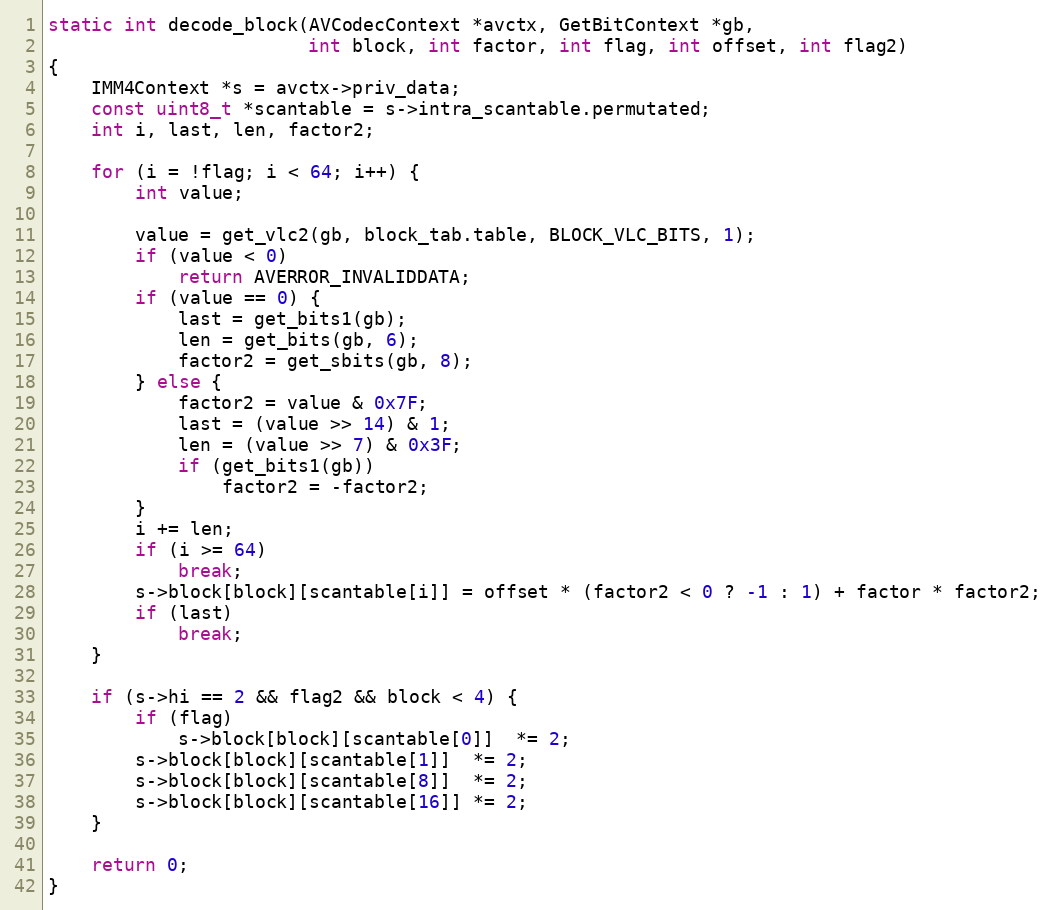
Language: C
static int decode_block(AVCodecContext *avctx, GetBitContext *gb,
                        int block, int factor, int flag, int offset, int flag2)
{
    IMM4Context *s = avctx->priv_data;
    const uint8_t *scantable = s->intra_scantable.permutated;
    int i, last, len, factor2;

    for (i = !flag; i < 64; i++) {
        int value;

        value = get_vlc2(gb, block_tab.table, BLOCK_VLC_BITS, 1);
        if (value < 0)
            return AVERROR_INVALIDDATA;
        if (value == 0) {
            last = get_bits1(gb);
            len = get_bits(gb, 6);
            factor2 = get_sbits(gb, 8);
        } else {
            factor2 = value & 0x7F;
            last = (value >> 14) & 1;
            len = (value >> 7) & 0x3F;
            if (get_bits1(gb))
                factor2 = -factor2;
        }
        i += len;
        if (i >= 64)
            break;
        s->block[block][scantable[i]] = offset * (factor2 < 0 ? -1 : 1) + factor * factor2;
        if (last)
            break;
    }

    if (s->hi == 2 && flag2 && block < 4) {
        if (flag)
            s->block[block][scantable[0]]  *= 2;
        s->block[block][scantable[1]]  *= 2;
        s->block[block][scantable[8]]  *= 2;
        s->block[block][scantable[16]] *= 2;
    }

    return 0;
}